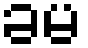
ခမ